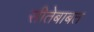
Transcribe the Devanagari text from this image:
सीतेबाबत